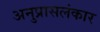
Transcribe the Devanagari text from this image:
अनुप्रासलंकार